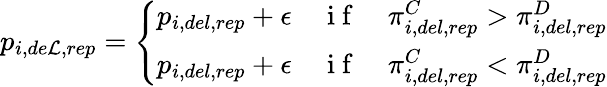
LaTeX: p_{i,de\mathcal{L},rep}=\left\{ \begin{array}{ll}{p_{i,del,rep}+\epsilon}&{\mathrm{~i~f~}\quad\pi_{i,del,rep}^{C}>\pi_{i,del,rep}^{D}}\\ {p_{i,del,rep}+\epsilon}&{\mathrm{~i~f~}\quad\pi_{i,del,rep}^{C}<\pi_{i,del,rep}^{D}}\end{array}\right.